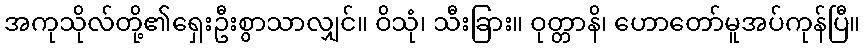
အကုသိုလ်တို့၏ရှေးဦးစွာသာလျှင်။ ဝိသုံ၊ သီးခြား။ ဝုတ္တာနိ၊ ဟောတော်မူအပ်ကုန်ပြီ။